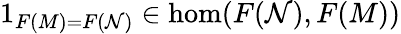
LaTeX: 1_{F(M)=F(\mathcal{N})}\in\hom(F(\mathcal{N}),F(M))